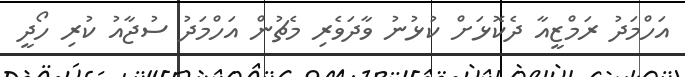
އަހްމަދު ރަމްޒީއާ ދެކޮޅަށް ކުޅުނު ވާދަވެރި މެޗުން އަހްމަދު ސުޖާއު ކުރި ހޯދީ